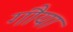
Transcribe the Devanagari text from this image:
गौया